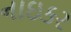
નાઇકર